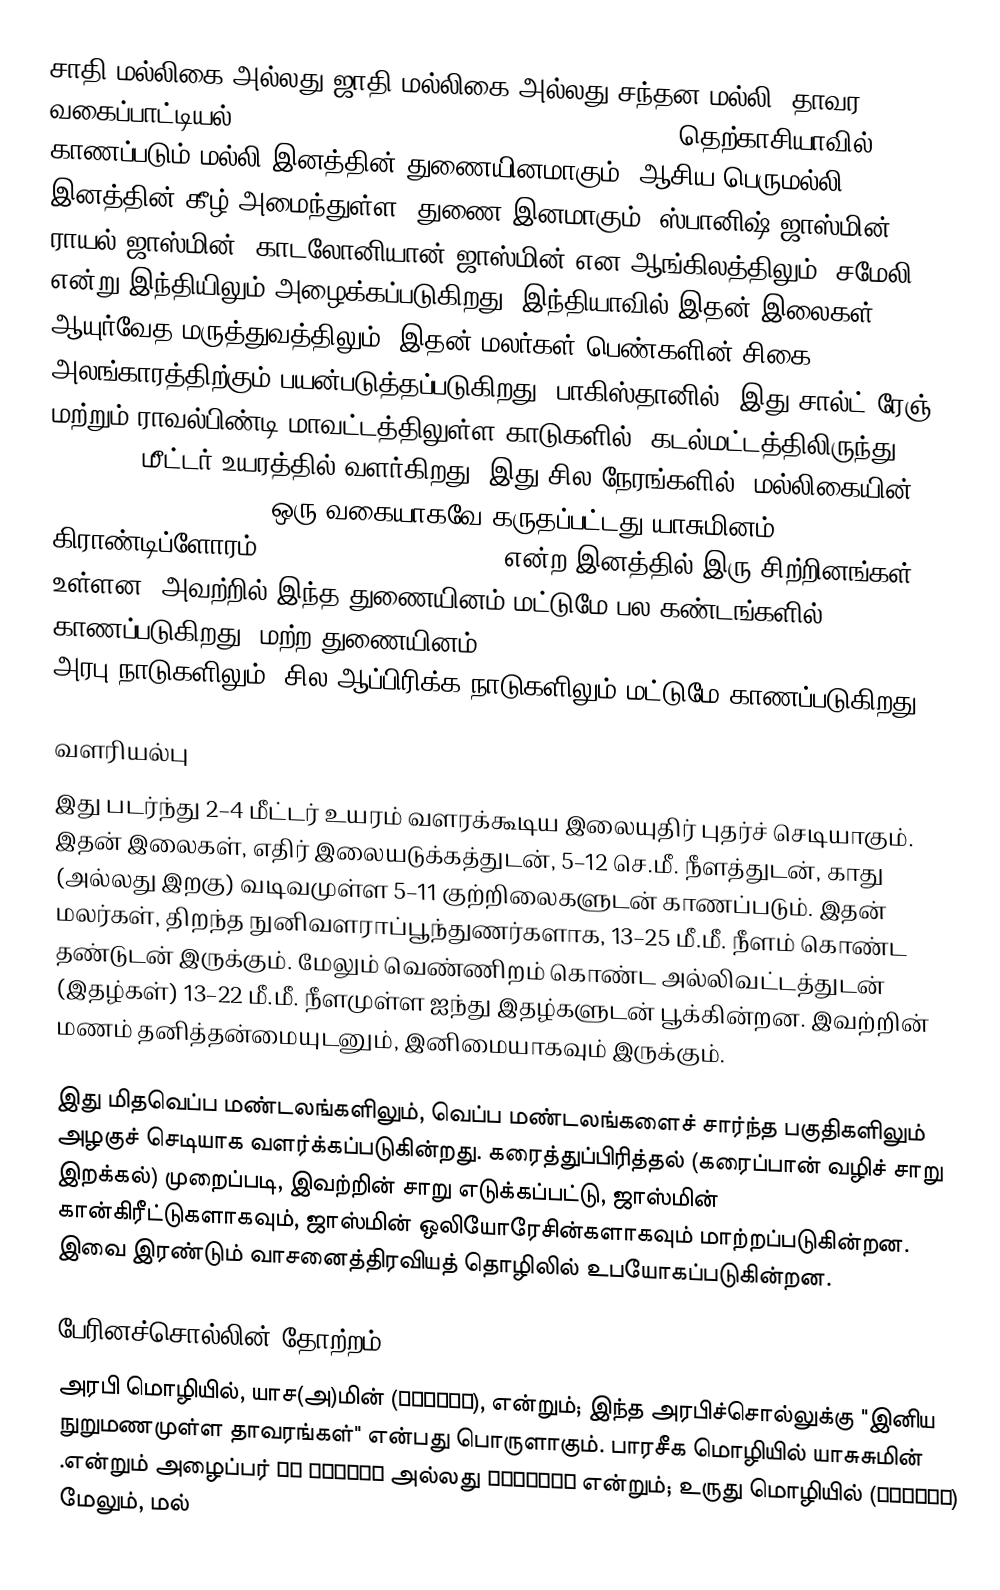
சாதி மல்லிகை அல்லது ஜாதி மல்லிகை அல்லது சந்தன மல்லி (தாவர வகைப்பாட்டியல்: Jasminum grandiflorum subsp. grandiflorum) தெற்காசியாவில் காணப்படும் மல்லி இனத்தின் துணையினமாகும். ஆசிய பெருமல்லி இனத்தின் கீழ் அமைந்துள்ள, துணை இனமாகும். ஸ்பானிஷ் ஜாஸ்மின், ராயல் ஜாஸ்மின், காடலோனியான் ஜாஸ்மின் என ஆங்கிலத்திலும், சமேலி  என்று இந்தியிலும் அழைக்கப்படுகிறது. இந்தியாவில் இதன் இலைகள் ஆயுர்வேத மருத்துவத்திலும், இதன் மலர்கள் பெண்களின் சிகை அலங்காரத்திற்கும் பயன்படுத்தப்படுகிறது. பாகிஸ்தானில், இது சால்ட் ரேஞ் மற்றும் ராவல்பிண்டி மாவட்டத்திலுள்ள காடுகளில், கடல்மட்டத்திலிருந்து 500-1500 மீட்டர் உயரத்தில் வளர்கிறது. இது சில நேரங்களில், மல்லிகையின் (Jasminum officinale) ஒரு வகையாகவே கருதப்பட்டது.யாசுமினம் கிராண்டிப்ளோரம் (Jasminum grandiflorum) என்ற இனத்தில் இரு சிற்றினங்கள் உள்ளன. அவற்றில் இந்த துணையினம் மட்டுமே பல கண்டங்களில் காணப்படுகிறது. மற்ற துணையினம்( Jasminum grandiflorum subsp. floribundum) அரபு நாடுகளிலும், சில ஆப்பிரிக்க நாடுகளிலும் மட்டுமே காணப்படுகிறது.

வளரியல்பு
இது படர்ந்து 2–4 மீட்டர் உயரம் வளரக்கூடிய இலையுதிர் புதர்ச் செடியாகும். இதன் இலைகள், எதிர் இலையடுக்கத்துடன், 5–12 செ.மீ. நீளத்துடன், காது (அல்லது இறகு) வடிவமுள்ள 5–11 குற்றிலைகளுடன் காணப்படும். இதன் மலர்கள், திறந்த நுனிவளராப்பூந்துணர்களாக, 13–25 மீ.மீ. நீளம் கொண்ட தண்டுடன் இருக்கும். மேலும் வெண்ணிறம் கொண்ட அல்லிவட்டத்துடன் (இதழ்கள்) 13–22 மீ.மீ. நீளமுள்ள ஐந்து இதழ்களுடன் பூக்கின்றன. இவற்றின் மணம் தனித்தன்மையுடனும், இனிமையாகவும் இருக்கும்.

இது மிதவெப்ப மண்டலங்களிலும், வெப்ப மண்டலங்களைச் சார்ந்த பகுதிகளிலும் அழகுச் செடியாக வளர்க்கப்படுகின்றது. கரைத்துப்பிரித்தல் (கரைப்பான் வழிச் சாறு இறக்கல்) முறைப்படி, இவற்றின் சாறு எடுக்கப்பட்டு, ஜாஸ்மின் கான்கிரீட்டுகளாகவும், ஜாஸ்மின் ஒலியோரேசின்களாகவும் மாற்றப்படுகின்றன. இவை இரண்டும் வாசனைத்திரவியத் தொழிலில் உபயோகப்படுகின்றன.

பேரினச்சொல்லின் தோற்றம்
அரபி மொழியில்,   யாச(அ)மின் (ياسمين), என்றும்; இந்த அரபிச்சொல்லுக்கு "இனிய நுறுமணமுள்ள தாவரங்கள்" என்பது பொருளாகும்.  பாரசீக மொழியில் யாசுசுமின் (یاسمین)  என்றும்; உருது மொழியில் یاسمینی அல்லது یاسمین بو என்றும் அழைப்பர். மேலும், மல்